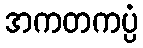
အကတကပ္ပံ